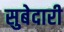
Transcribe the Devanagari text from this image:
सुबेदारी